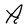
Character: A